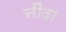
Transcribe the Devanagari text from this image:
नींदा